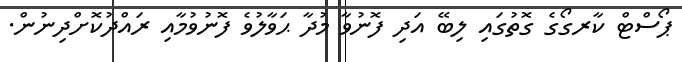
ޕޯސްޓް ކާރގޯގެ ގޮތުގައި ލިބޭ އަދި ފޮނުވާ މުދާ ޙަވާލުވެ ފޮނުވުމާއި ރައްދުކޮށްދިނުން.